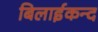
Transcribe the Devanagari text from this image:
बिलाईकन्द